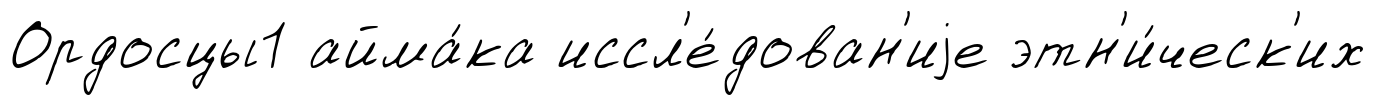
Ордосцы1 айма́ка иссл'е́дован'иjе этн'и́ческ'их